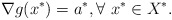
\begin{align*}\nabla g(x^*)=a^*,\forall\ x^*\in X^*.\end{align*}